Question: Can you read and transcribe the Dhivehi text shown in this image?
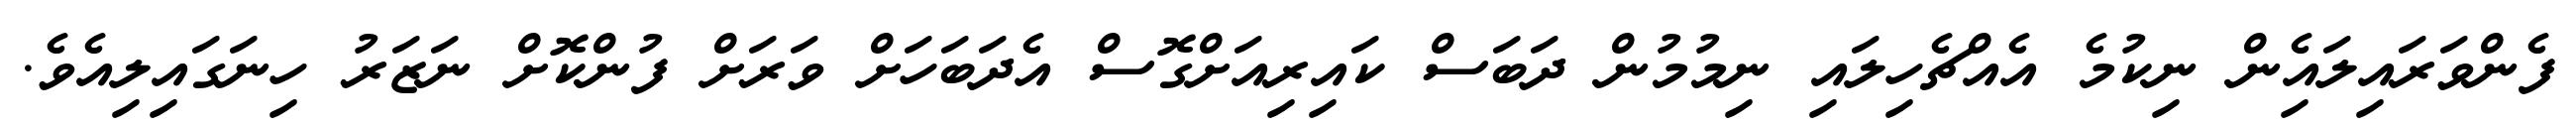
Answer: ފެންވަރައިލައިެން ނިކުމެ އެއްޗެހިލައި ނިމުމުން ދަބަސް ކައިރިއަށްގޮސް އެދަބަހަށް ވަރަށް ފުންކޮށް ނަޒަރު ހިނަގައިލިއެވެ.